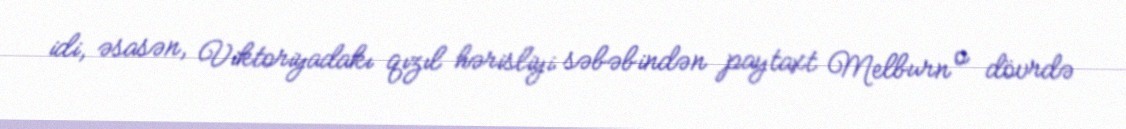
idi, əsasən, Viktoriyadakı qızıl hərisliyi səbəbindən paytaxt Melburn o dövrdə